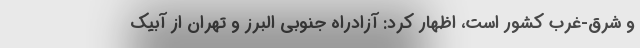
و شرق-غرب کشور است، اظهار کرد: آزادراه جنوبی البرز و تهران از آبیک